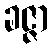
ခဇ္ဇာ